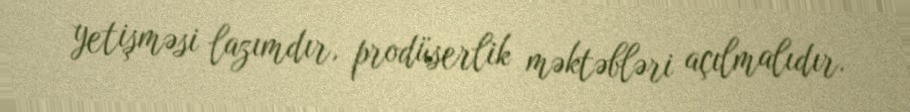
yetişməsi lazımdır, prodüserlik məktəbləri açılmalıdır.